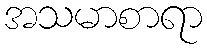
အသမာစာရာ